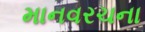
માનવરચના